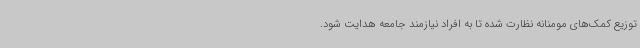
توزیع کمک‌های مومنانه نظارت شده تا به افراد نیازمند جامعه هدایت شود.